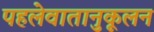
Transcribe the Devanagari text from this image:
पहलेवातानुकूलन